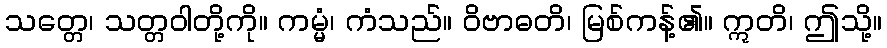
သတ္တေ၊ သတ္တဝါတို့ကို။ ကမ္မံ၊ ကံသည်။ ဝိဗာဓတိ၊ မြစ်ကန့်၏။ ဣတိ၊ ဤသို့။